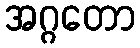
အဂ္ဂတော